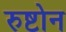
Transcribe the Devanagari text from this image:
रुष्टोन